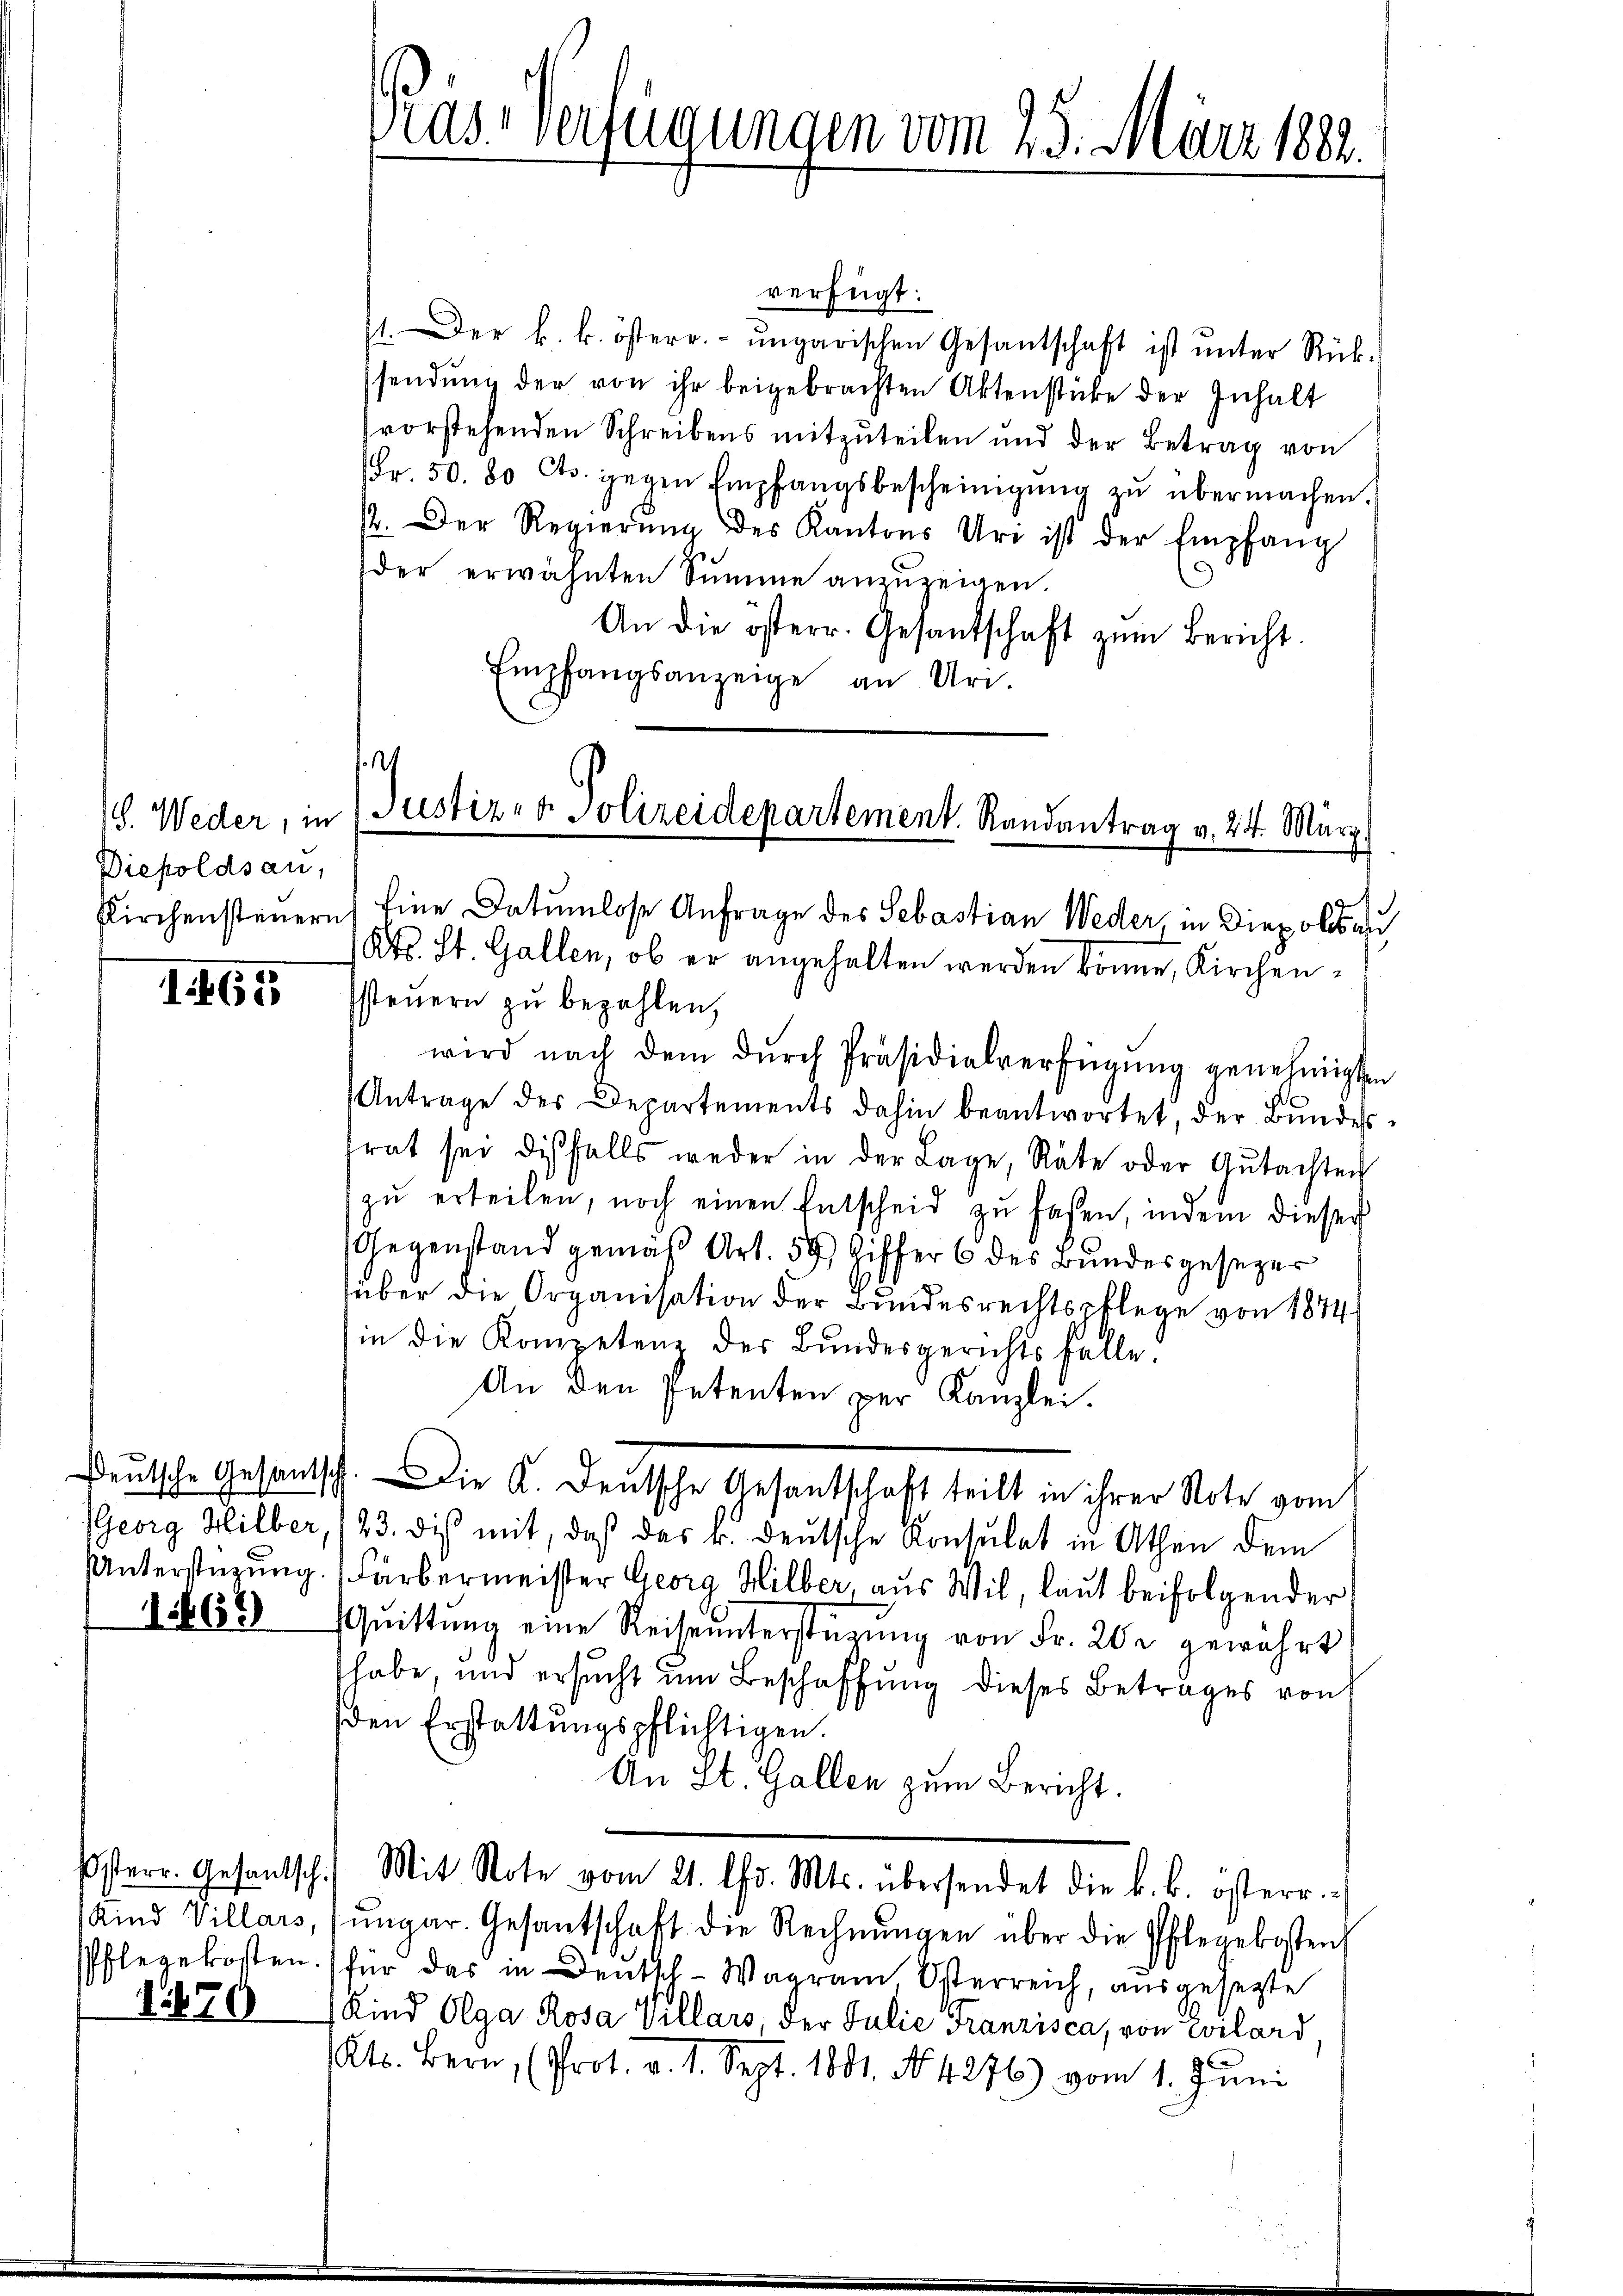
G. Weder, in
Diepoldsau,
Kirchensteuern

I 65

Georg Hilber,
Unterstüzung.

1463

Kind Villars,
Pflegekosten.

1870

Pas-Verfügungen vom 25. März 1882.

verfügt:
11. Der k. k. österr. ungarischen Gesantschaft ist ŭnter Rück-
sendŭng der von ihr beigebrachten Aktenstücke der Inhalt
vorstehenden Schreibens mitzuteilen und der Betrag von
Fr. 50. 80 Cts. gegen Empfangsbescheinigŭng zŭ übermachen.
12. Der Regierŭng des Kantons Uri ist der Empfang
d
der erwähnten Summe anzuzeigen.
An die österr. Gesandschaft zŭm Bericht.
Empfangsanzeige an Uri.

.
Justizio Polizeidepartement. Randantrag v. 24. März
Eine Datumlose Anfrage des Sebastian Weder in Diepolsas

d
Kts. St. Gallen, ob er angehalten werden könne, Kirchensteŭern zŭ bezahlen,
wird nach dem durch Präsidialverfügung genehmigten
Antrage des Departements dahin beantwortet, der Bŭndes-
frat sei disfalls weder in der Lage, Räte oder Gŭtachten
zŭ erteilen, noch einen Entscheid zu faßen, indem dieser
Gegenstand gemäß Art. 59 Ziffer 6 des Bundesgesezer
über die Organisation der Bundesrechtspflege von 1874
in die Kompetenz der Bundesgerichts falle.
An den Petenten per Kanzlei.
123. dies mit, daß das k. deutsche Konsulat in Athen dem
Färbermeister Georg Hilber, aus Wil, laut beifolgender
Quittung eine Reise unterstützung von Fr. 20 r gewährt
habe, und ersucht um Beschaffung dieses Betrages von
den Erstattungspflichtigen.
An St. Gallen zum Bericht.
Esterr. Gesandtsch.) Mit Note vom 21. ds. Mts. übersendet die k. k. österr.-
ŭngar. Gesantschaft die Rechnŭngen über die Pflegekosten
für das in Deutsch-Wagram, Österreich, ausgesezte
Kind Olga Rosa Villars der Julie Franzisca, von Wilard
(Kts. Bern, (Prot. v. 1. Sept. 1801. No. 4276) vom 1. Juni

Deutsche Gesandtsch. Die A. Deutsche Gesandtschaft teilt in ihrer Note vom